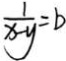
\frac { 1 } { x - y } = b